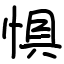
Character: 惧